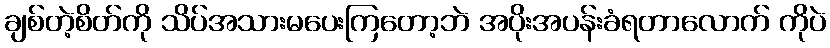
ချစ်တဲ့စိတ်ကို သိပ်အသားမပေးကြတော့ဘဲ အပိုးအပန်းခံရတာလောက် ကိုပဲ